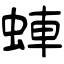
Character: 蛼